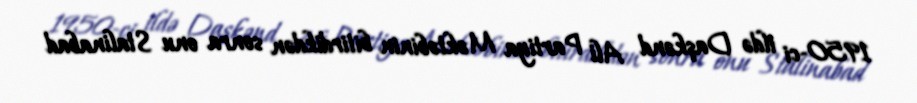
1950-ci ildə Daşkənd Ali Partiya Məktəbinin bitirdikdən sonra onu Stalinabad